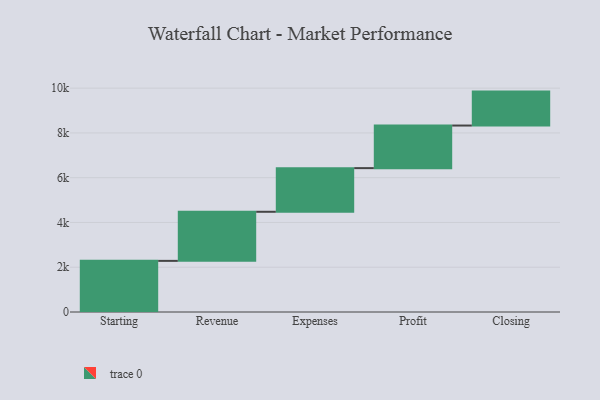
{"axis": {"x": "Step", "y": "Value"}, "legend": [""], "data": [{"x": "Starting", "y": 2284.0, "type": ""}, {"x": "Revenue", "y": 2193.0, "type": ""}, {"x": "Expenses", "y": 1950.0, "type": ""}, {"x": "Profit", "y": 1903.0, "type": ""}, {"x": "Closing", "y": 1516.0, "type": ""}]}